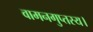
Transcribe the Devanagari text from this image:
वामनगुप्तस्य।